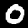
Label: 0